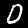
Label: 0